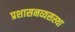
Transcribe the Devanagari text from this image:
प्रशासनव्यसस्था